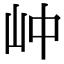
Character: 㞲